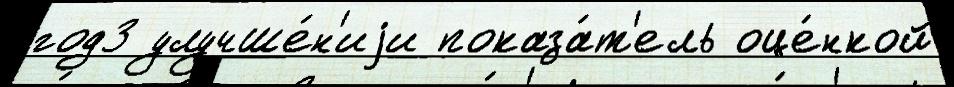
год3 улучше́н'иjи показа́т'ель оце́нкой